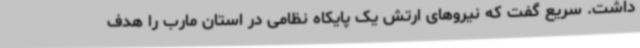
داشت. سریع گفت که نیروهای ارتش یک پایکاه نظامی در استان مارب را هدف